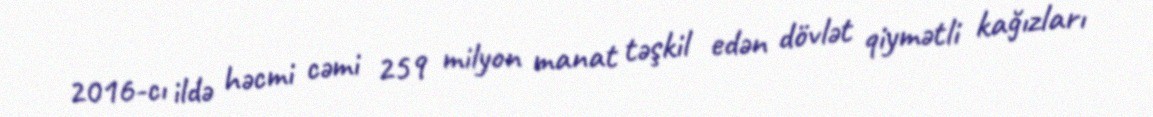
2016-cı ildə həcmi cəmi 259 milyon manat təşkil edən dövlət qiymətli kağızları